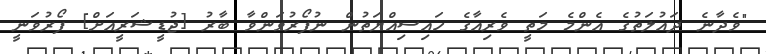
"ވެދާނެ ދައުލަތުގެ އެންމެ މަތީ ވެރިއާގެ ހައިސިއްޔަތުން ނުފޯރުވަންވާ ބާރު [ޖުޑީޝަރީއަށް] ފޯރުވަނީ